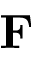
{ \bf F }